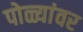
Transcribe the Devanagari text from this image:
पोळ्यांवर